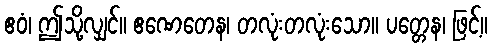
ဧဝံ၊ ဤသို့လျှင်။ ဧဏေတေန၊ တလုံးတလုံးသော။ ပတ္တေန၊ ဖြင့်။